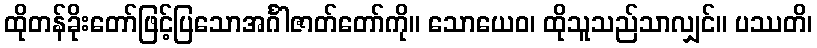
ထိုတန်ခိုးတော်ဖြင့်ပြသောအင်္ဂါဇာတ်တော်ကို။ သောယေဝ၊ ထိုသူသည်သာလျှင်။ ပဿတိ၊